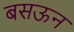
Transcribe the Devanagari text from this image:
बसऊन